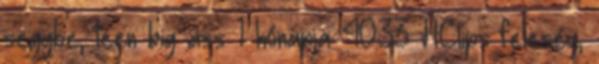
seggbe, teen big ass 1 hónapja 40:33 HClips feleség,